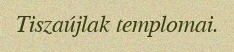
Tiszaújlak templomai.